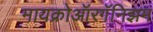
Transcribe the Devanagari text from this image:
मायक्रोऑरगॅनिझम